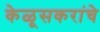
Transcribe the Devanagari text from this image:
केळूसकरांचे